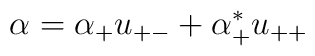
\alpha = \alpha_+ u_{+-} + \alpha^*_+ u_{++}